Vital statistics of India. Vol. V, Reports of 1876 on armies & jails and on epidemic cholera
Year: 1876
Disease focus: Cholera
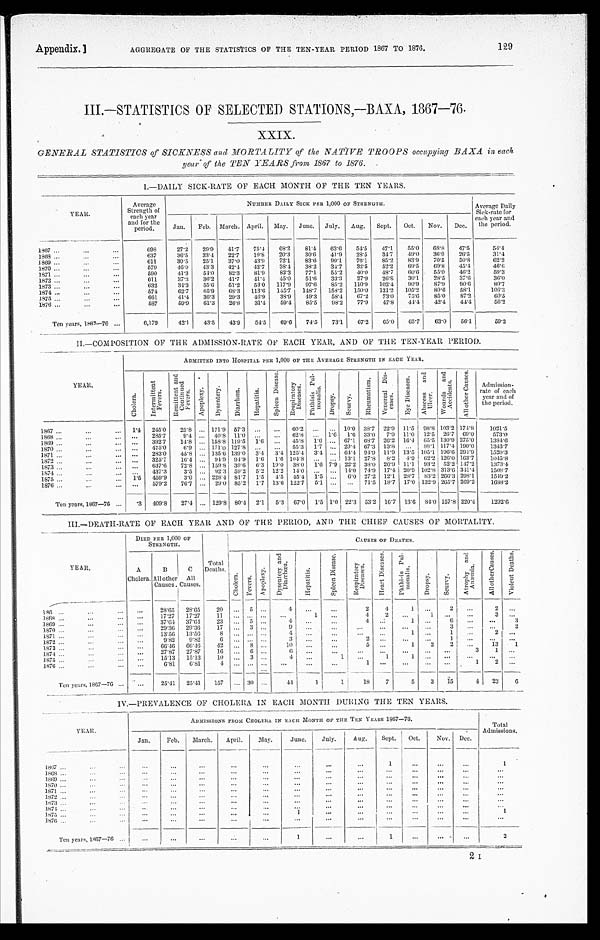
Appendix.]
AGGREGATE OF THE STATISTICS OF THE TEN-YEAR PERIOD 1867 TO 1876.
129
III.—STATISTICS OF SELECTED STATIONS,—BAXA, 1867-76.
XXIX.
GENERAL STATISTICS of SICKNESS and MORTALITY of the NATIVE TROOPS occupying BAXA in each,
Year of the TEN YEARS from 1867 to 1876.
I.—DAILY SICK-RATE OF EACH MONTH OF THE TEN YEARS.
YEAR.
Average
Strength of
each year
and for the
period.
NUMBER DAILY SICK PER 1,000 OF STRENGTH.
Average Daily
Sick-rate for
each year and
the period.
Jan.
Feb.
March. April.
May.
June.
July.
Aug.
Sept.
Oct.
Nov.
Dec.
1867 . . .
698
27.2
29.9
41.7
75.4
68.2
81.4
63.6
54.5
47.1
55.0
68.8
47.5
54.4
1868 . . .
637
36.5
33.4
22.7
19.8
20.3
30.6
41.9
28.5
34.7
49.0
36.9
26.5
31.4
1869 . . .
611
39.5
25.1
37.0
43.9
72.1
83.6
99.1
76.1
85.2
83.9
70.5
50.8
62.2
1870 . . .
579
46.0
43.3
42.4
42.7
38.4
38.2
34.7
32.5
52.2
69.5
69.8
45.4
46.6
1871 . . .
590
41.3
54.0
82.3
81.9
83.3
77.1
55.2
40.0
48.7
6 0 . 6
55.0
46.2
59.3
1872 . . .
611
37.3
36.2
41.7
41.4
45.0
51.6
33.3
27.9
26.8
30.1
28.5
37.6
36.0
1873 . . .
632
34.3
55.6
51.2
53.0
117.9
97.6
85.9
110.9
102.4
90.9
87.9
9 0 . 6
80.7
1874 . . .
574
62.7
65.9
68.3
113.6
145.7
148.7
158.2
150.0
131.2
105.2
80.6
58.1
106.3
1875 . . .
661
41.4
36.3
29.3
46.9
38.9
49.3
58.4
67.2
73.0
75.6
85.0
87.2
60.5
1876 . . .
587
59.9
61.3
26.8
31.4
59.4
85.5
98.2
77.9
47.8
44.4
42.4
44.4
56.2
Ten years, 1867—76 . . .
6,179
42.1
43.5
43.9
54.5
69.6
74.5
73.1
67.2
65.0
65.7
63.0
56.1
59.2
II.—COMPOSITION OF THE ADMISSION-RATE OF EACH YEAR, AND OF THE TEN-YEAR PERIOD.
YEAR.
ADMITTED INTO HOSPITAL PER 1,000 OF THE AVERAGE STRENGTH IN EACH YEAR
.
C h o l e r a .
I n t e r m i t t e n t F e v e r s .
R e m i t t e n t a n d C o n t i n u e d F e v e r s .
A p o p l e x y .
Dysent ery.
D i a r r h œ a .
H e p a t i t i s .
S p l e e n D i s e a s e .
R e s p i r a t o r y D i s e a s e s .
P h t h i s i s P u l - m o n a l i s .
D r o p s y .
S c u r v y .
R h e u m a t i s m .
Ve n e r e a l Di s e a s e s .
E y e D i s e a s e s .
A b s c e s s a n d U l c e r .
W o u n d s a n d A c c i d e n t s .
A l l o t h e r C a u s e s .
Admission-
rate of each
year and of
the period.
1 8 6 7 . . .
1. 4
245.0
25.8
. . . 171.9 57.3
. . .
. . .
60.2
. . .
. . . 10.0 38.7
22.9
11.5
98.8 103.2 174.8
1021.5
1868 . . .
. . .
285.7
9.4
. . . 40.8
11.0
. . .
. . .
62.8
. . .
1.6
1.6 33.0
7.9
11.0
12.5
26.7 69.0
573.0
1 8 6 9 . . .
. . .
392.7
14.8
. . . 158.8 119.5
1.6
. . .
45.8
1. 6
. . . 67.1
68.7
26.2
16.4
65.5 130.9 275.0
1 3 8 4 . 6
1870 . . .
. . .
475.0
6.9
. . . 171.0 127.8
. . .
. . .
55.3
1.7
. . . 29.4 67.3 13.8
. . .
88.1 117.4 190.0
1343.7
1 8 7 1 . . .
. . .
283.0
45.8
. . . 135.6 139.0
3.4
3.4 125.4
3.4
. . . 64.4 94.9 11.9
13.5 105.1 196.6 294.9
1520.3
1872 . . .
. . .
325.7
16.4
. . .
94.9 94.9
1.6
1.6 104.8
. . .
. . . 13.1
27.8
8.2
.9
62.2 126.0 163.7
1045.8
1873 . . .
. . .
637.6
72.8
. . . 159.8 39.6
6.3
19.0
38.0
1 . 6 7.9 22.2 38.0 26.9
11.1.
93.2 52.2 147.2
1373.4
1874 . . .
. . .
437.3
3.5
. . .
92.3 59.2
5.2
12.2
14.0
. . .
. . . 14.0
74.9 17.4 20.9 102.8 313.6 341.4
1508.7
1875 . . .
1.5
459.9
3.0
. . . 228.4 81.7
1.5
4.5
45.4
1.5
. . . 6.0 27.2
12.1
28.7
83.2 266.3 298.1
1 5 4 9 . 2
1876 . . .
. . .
579.2
76.7
. . .
29.0 85.2
1.7
13.6 122.7
5.1
. . .
. . .
71.5
18.7
17.0 132.9 265.7 269.2
1688.2
Ten years, 1807—76 . . .
.3
409.8
27.4
. . . 129.8 80.4
2.1
5.3
67.0
1.5 1.0 22.3
53.2
16.7
13.6
84.0 157.8 220.4
1292.6
III.—DEATH-RATE OF EACH YEAR AND OF THE PERIOD, AND THE CHIEF CAUSES OF MORTALITY.
YEAR.
DIED PER 1,000 O
F
STRENGTH.
Total
Deaths.
CAUSES OF DEATHS.
A
Cholera.
B
All other
Causes.
C
All
Causes.
C h o l e r a .
F e v e r s .
Apopl exy.
D y s e n t e r y a n d D i a r r h œ a .
H e p a t i t i s .
S p l e e n D i s e a s e .
R e s p i r a t o r y D i s e a s e s .
H e a r t D i s e a s e s .
P h t h i s i s P u l - m o n a l i s .
D r o p s y .
S c u r v y .
A t r o p h y a n d A n æ m i a .
A l l o t h e r C a u s e s .
V i o l e n t D e a t h s .
186 . . .
. . .
28.65
28.65
20
. . .
5 . . .
4
. . .
. . .
2
4
1
. . .
2
. . .
2
. . .
. . .
17.27
17.27
1 1
. . .
. . .. . .
. . .
1
. . .
4
2
. . .
1
. . .
. . .
3 . . .
1868 . . .
. . .
37.64
37.64
23
. . .
5 . . .
4
. . .
. . .
4
. . .
1
. . .
6
. . .
. . .
3
1869 . . .
. . .
29.36
29.36
17
. . .
3 . . .
9
. . .
. . .
. . .
. . .
. . .
. . .
3
. . .
. . .
2
1870 . . .
. . .
13.56
13.56
8
. . .
. . .. . .
4
. . .
. . .
. . . . . .
1
. . .
1
. . .
2
. . .
1871 . . .
. . .
9.82
9.82
6
. . .
. . .. . .
3
. . .
. . .
2 . . .
. . .
. . .
1
. . .
. . .
. . .
1 8 7 2 . . .
. . . 66.46
66.46
4 2
. . .
8 . . .
10
. . .
. . .
5 . . .
1
2
2
. . .
13
1
1873 . . .
. . .
27.87
27.87
16
. . .
6 . . .
6
. . .
. . .
. . .
. . .
. . .
. . .
. . .
3
1
. . .
1874 . . .
. . . 15.13
15.13
10
. . .
3 . . .
4
. . .
1
. . .
1
1
. . .
. . .
. . .
. . .
. . .
1875 . . .
. . .
6.81
6.81
4
. . .
. . . . . .
. . .
. . .
. . .
1
. . .
. . .
. . .
. . .
1
2
. . .
1876 . . .
Ten years, 1867—76 . . .
. . .
25.41
25.41
157
. . . 30 . . .
44
1
1
18
7
5
3
15
4
23
6
IV.—PREVALENCE OF CHOLERA IN EACH MONTH DURING THE TEN YEARS.
YEAR.
ADMISSIONS FROM CHOLERA IN EACH MONTH OF THE TEN YEARS 1867—76.
Total
Admissions.
Jan.
Feb.
March.
April.
May.
June.
July.
Aug.
Sept.
Oct.
Nov.
Dec.
1867 . . .
. . .
. . .
. . .
. . .
. . .
. . .
. . .
. . .
1
. . .
. . .
. . .
1
1868 . . .
. . .
. . .
. . .
. . .
. . .
. . .
. . .
. . .
. . .
. . .
. . .
. . .
. . .
1869 . . .
. . .
. . .
. . .
. . .
. . .
. . .
. . .
. . .
. . .
. . .
. . .
. . .
. . .
1870 . . .
. . .
. . .
. . .
. . .
. . .
. . .
. . .
. . .
. . .
. . .
. . .
. . .
. . .
1871 . . .
. . .
. . .
. . .
. . .
. . .
. . .
. . .
. . .
. . .
. . .
. . .
. . .
. . .
1 8 7 2 . . .
. . .
. . .
. . .
. . .
. . .
. . .
. . .
. . .
. . .
. . .
. . .
. . .
. . .
1873 . . .
. . .
. . .
. . .
. . .
. . .
. . .
. . .
. . .
. . .
. . .
. . .
. . .
. . .
1874 . . .
. . .
. . .
. . .
. . .
. . .
. . .
. . .
. . .
. . .
. . .
. . .
. . .
. . .
1875 . . .
. . .
. . .
. . .
. . .
. . .
1
. . .
. . .
. . .
. . .
. . .
. . .
1
1876 . . .
. . .
. . .
. . .
. . .
. . .
. . .
. . .
. . .
. . .
. . .
. . .
. . .
. . .
T e n y e a r s , 1 8 6 7 — 7 6 . . .
. . .
. . .
. . .
. . .
. . .
1
. . .
. . .
1
. . .
. . .
. . .
2
2 I